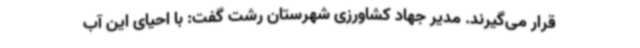
قرار می‌گیرند. مدیر جهاد کشاورزی شهرستان رشت گفت: با احیای این آب